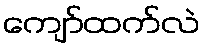
ကျော်ထက်လဲ